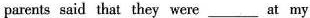
parents said that they were ___ at my